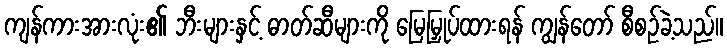
ကျန်ကားအားလုံး၏ ဘီးများနှင့် ဓာတ်ဆီများကို မြေမြှုပ်ထားရန် ကျွန်တော် စီစဉ်ခဲ့သည်။